Report of the King Institute of Preventive Medicine, Guindy
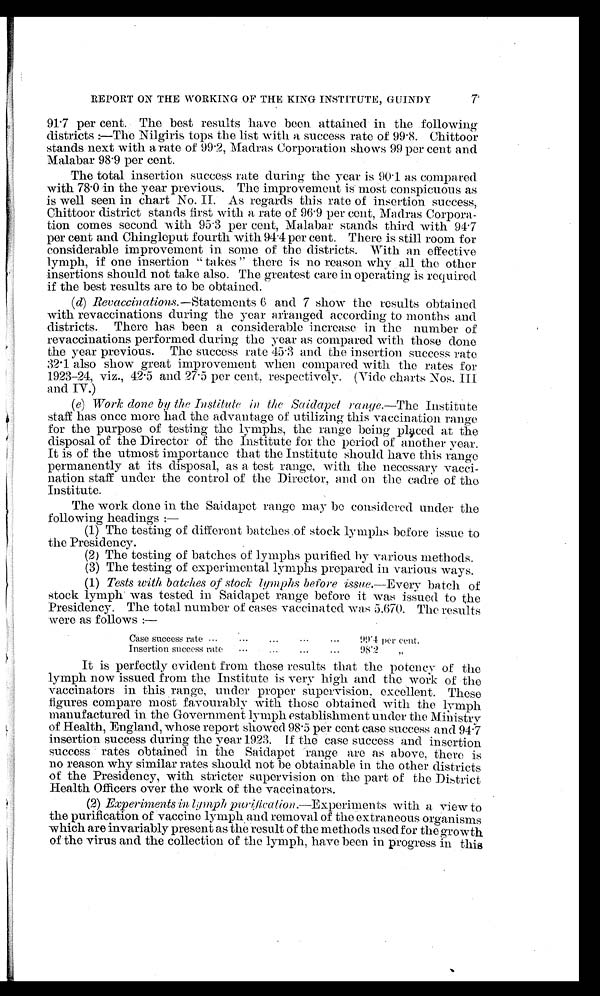
7
REPORT ON THE WORKING OF THE KING INSTITUTE, GUINDY
91.7 per cent. The best results have been attained in the following
districts:—The Nilgiris tops the list with a success rate of 99.8. Chittoor
stands next with a rate of 99.2, Madras Corporation shows 99 per cent and
Malabar 98.9 per cent.
The total insertion success rate during the year is 90.1 as compared
with 78.0 in the year previous. The improvement is most conspicuous as
is well seen in chart No. II. As regards this rate of insertion success,
Chittoor district stands first with a rate of 96.9 per cent, Madras Corpora
-tion comes second with 95.3 per cent, Malabar stands third with 94.7
per cent and Chingleput fourth with 94.4 per cent. There is still room for
considerable improvement in some of the districts. With an effective
lymph, if one insertion "takes" there is no reason why all the other
insertions should not take also. The greatest care in operating is required
if the best results are to be obtained.
(d)
Revaccinations .—Statements 6 and 7 show the results obtained
with revaccinations during the year arranged according to months and
districts. There has been a considerable increase in the number of
revaccinations performed during the year as compared with those done
the year previous. The success rate 45.3 and the insertion success rate
32.1 also show great improvement when compared with the rates for
1923-24, viz., 42.5 and 27.5 per cent, respectively. (Vide charts Nos. III
and IV.)
(e)
Work done by the Institute in the Saidapet range .—The Institute
staff has once more had the advantage of utilizing this vaccination range
for the purpose of testing the lymphs, the range being placed at the
disposal of the Director of the Institute for the period of another year.
It is of the utmost importance that the Institute should have this range
permanently at its disposal, as a test range, with the necessary vacci
-nation staff under the control of the Director, and on the cadre of the
Institute.
The work done in the Saidapet range may be considered under the
following headings:
—
(1) The testing of different batches of stock lymphs before issue to
the Presidency.
(2) The testing of batches or lymphs purified by various methods.
(3) The testing of experimental lymphs prepared in various ways.
(1)
Tests with batches of stock lymphs before issue .—Every batch of
stock lymph was tested in Saidapet range before it was issued to the
Presidency. The total number of cases vaccinated was 5.670. The results
were as follows:—
Case success rate . . .
99.4 per cent.
Insertion success rate . . .
98.2
"
It is perfectly evident from these results that the potency of the
lymph now issued from the Institute is very high and the work of the
vaccinators in this range, under proper supervision, excellent. These
figures compare most favourably with those obtained with the lymph
manufactured in the Government lymph establishment under the Ministry
of Health, England, whose report showed 98.5 per cent case success and 94.7
insertion success during the year 1923. If the case success and insertion
success rates obtained in the Saidapet range are as above, there is
no reason why similar rates should not be obtainable in the other districts
of the Presidency, with stricter supervision on the part of the District
Health Officers over the work of the vaccinators.
(2)
Experiments in lymph purification.—Experiments with a view to
the purification of vaccine lymph and removal of the extraneous organisms
which are invariably present as the result of the methods used for the growth
of the virus and the collection of the lymph, have been in progress in this